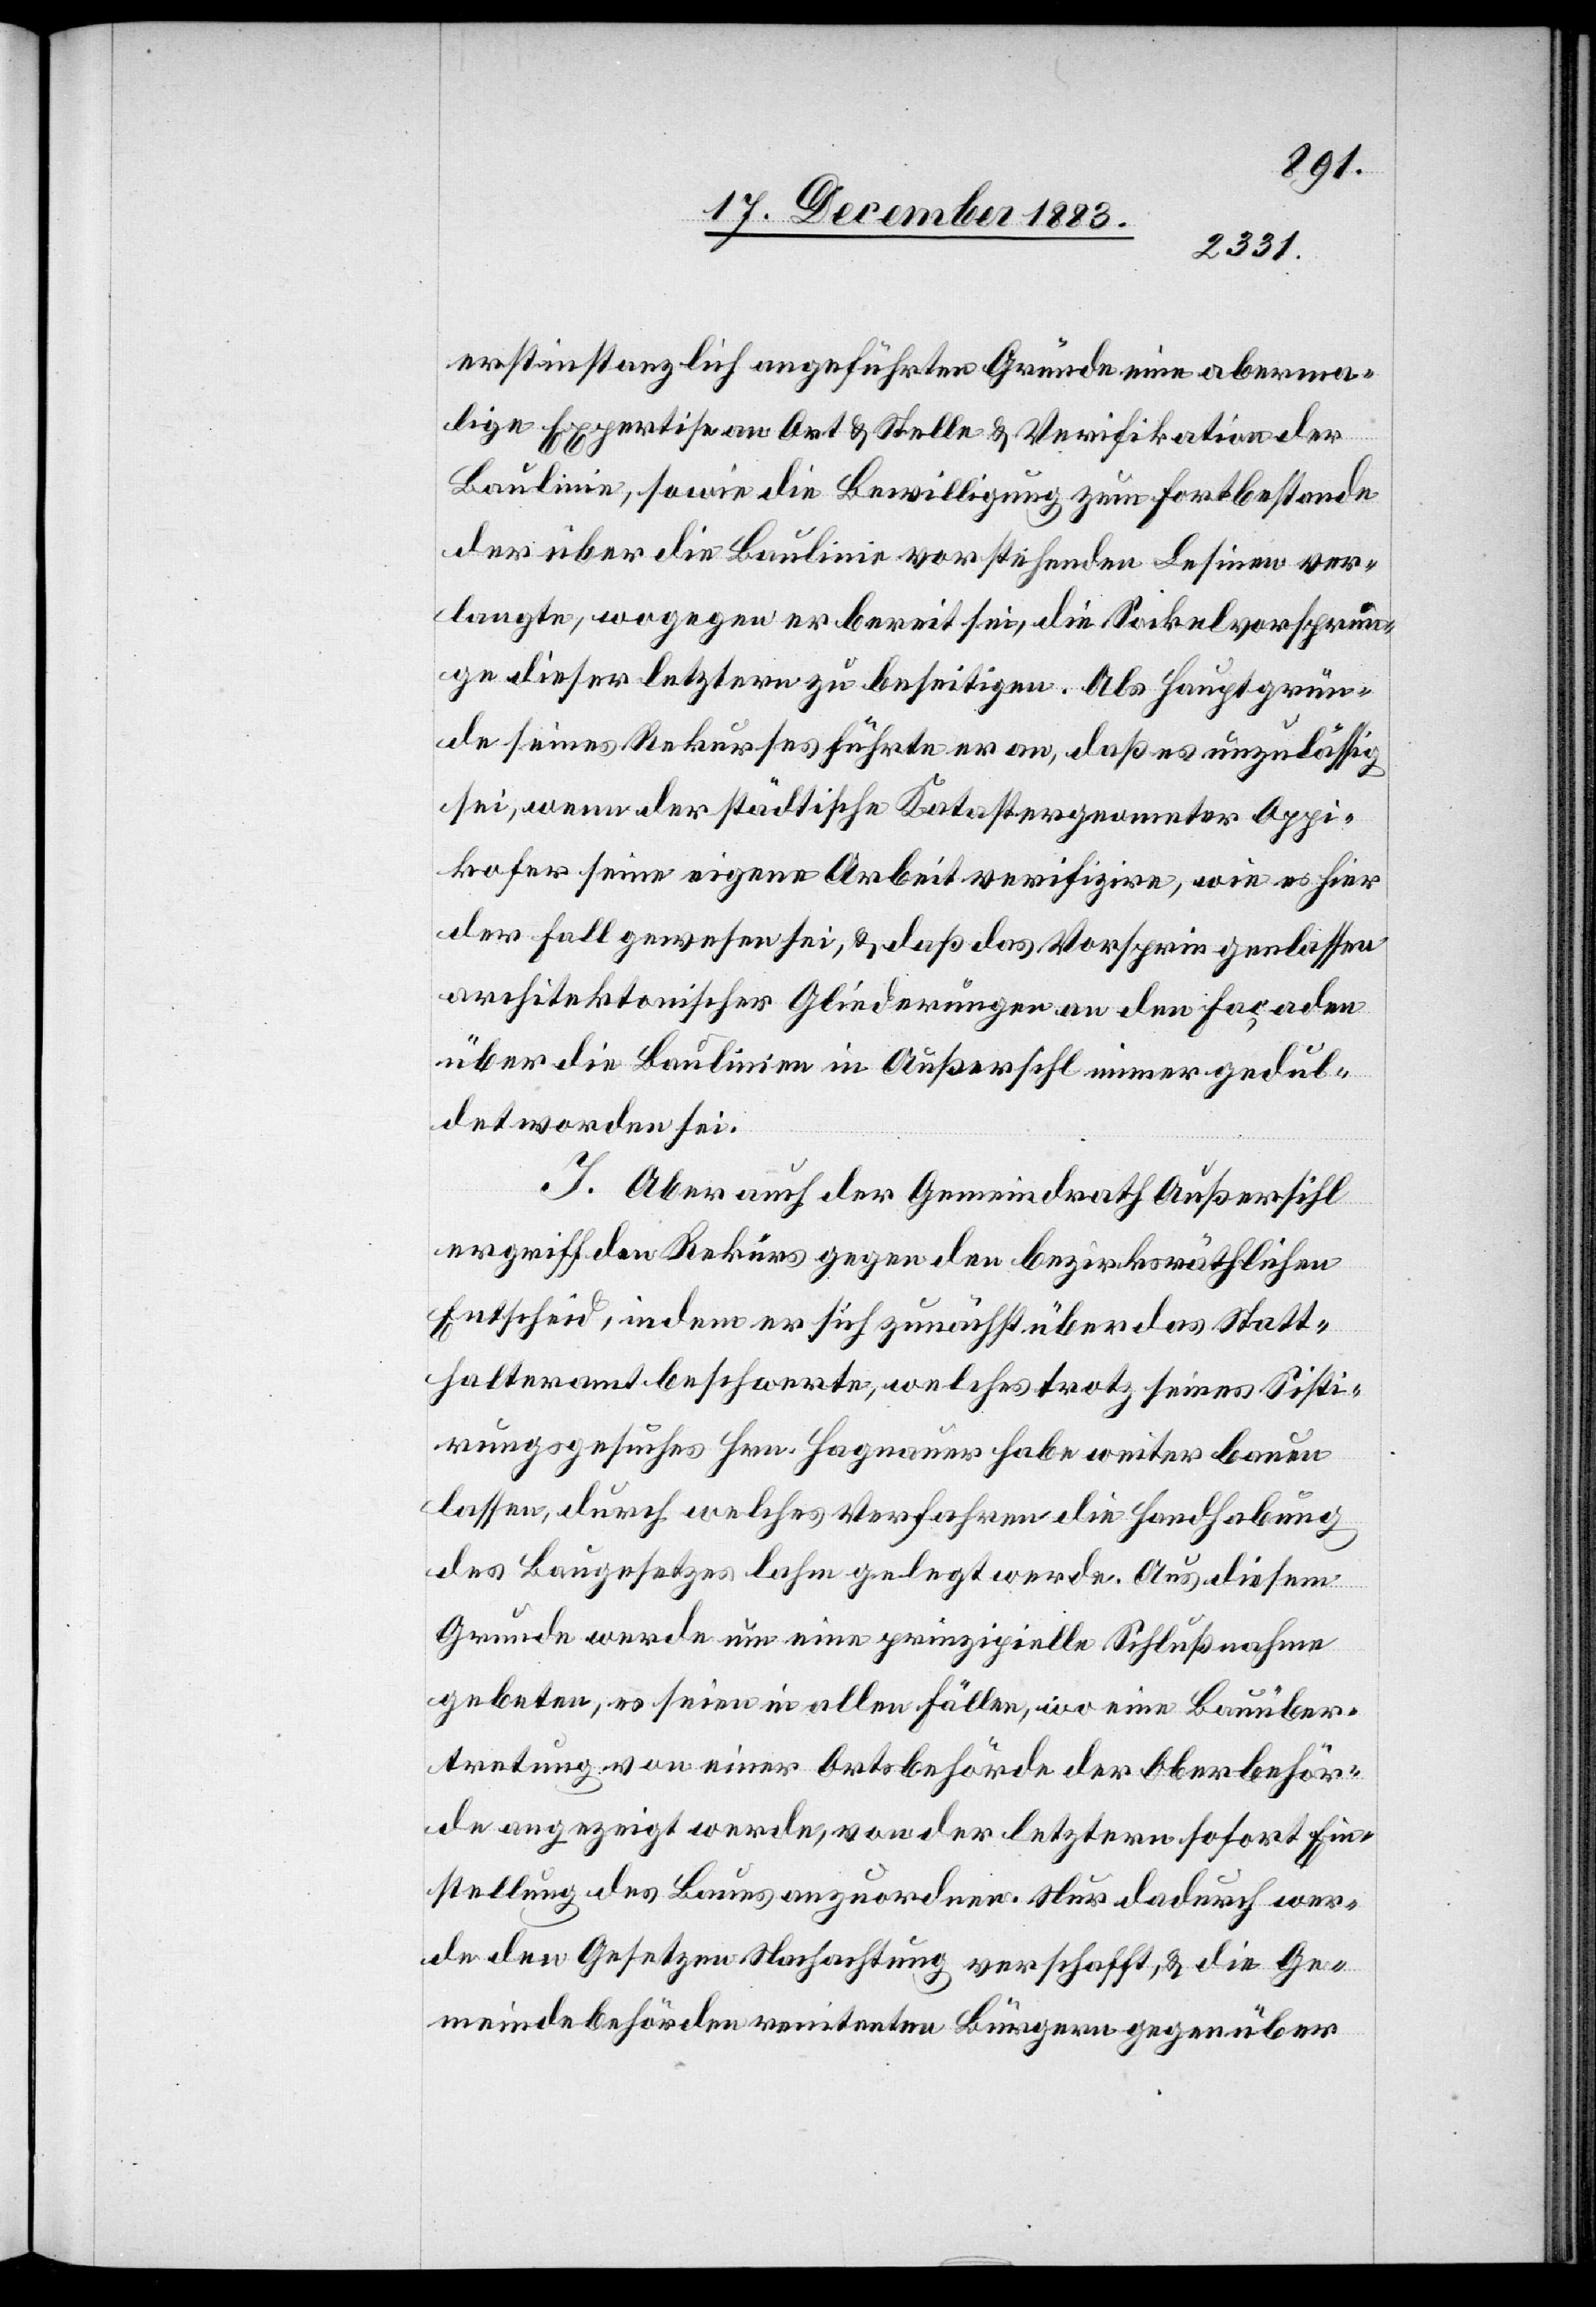
erstinstanzlich angeführten Gründe aberma¬
lige Expertise an Ort & Stelle & Verifikation der
Baulinie, sowie die Bewilligung zum Fortbestande
der über die Baulinie vorstehenden Lesinen ver¬
langte, wogegen er bereit sei, die Sockelvorsprün¬
ge dieser letztern zu beseitigen. Als Hauptgrün¬
de seine Rekurses führte er an, daß es unzulässig
sei, wenn der städtische Katastergeometer Oppi¬
kofer seine eigene Arbeit verifizire, wie es hier
der Fall gewesen sei, & daß das Vorspringenlassen
architektonischer Gliederungen an den Façaden
über die Baulinien in Außersihl immer gedul¬
det worden sei.
I. Aber auch der Gemeindrath Außersihl
ergriff den Rekurs gegen den bezirksräthlichen
Entscheid, indem er sich zunächst über das Statt¬
halteramt beschwerte, welches trotz seines Sisti¬
rungsgesuches Hrn. Hagnauer habe weiter bauen
lassen, durch welches Verfahren die Handhabung
des Baugesetzes lahm gelegt werde. Aus diesem
Grunde werde um eine prinzipielle Schlußnahme
gebeten, es seien in allen Fällen, wo ein Bauüber¬
tretung von einer Ortsbehörde der Oberbehör¬
de angezeigt werde, von der letztern sofort Ein¬
stellung des Baues anzuordnen. Nur dadurch wer¬
de den Gesetzen Nachachtung verschafft, & die Ge¬
meindebehörden renitenten Bürgern gegenüber